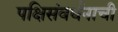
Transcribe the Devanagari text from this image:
पक्षिसंवर्धनाची